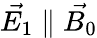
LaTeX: \vec{E_{1}}\parallel\vec{B_{0}}